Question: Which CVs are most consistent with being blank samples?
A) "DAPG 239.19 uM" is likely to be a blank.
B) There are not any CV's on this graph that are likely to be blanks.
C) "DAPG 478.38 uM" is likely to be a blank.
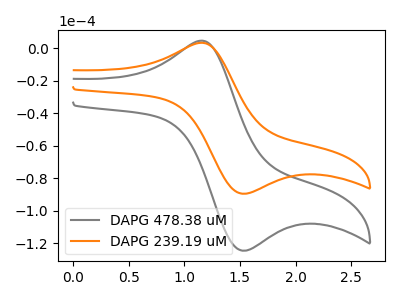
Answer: <think>The gray curve "DAPG 478.38 uM" has an anodic peak at (1.15V, 4.55uA) and a cathodic peak at (1.55V, -124.60uA). The orange curve "DAPG 239.19 uM" has an anodic peak at (1.15V, 3.25uA) and a cathodic peak at (1.55V, -89.55uA).</think>
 <answer>B) There are not any CV's on this graph that are likely to be blanks.</answer>
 <eval>B</eval>